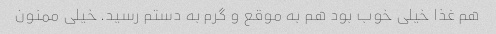
هم غذا خیلی خوب بود هم به موقع و گرم به دستم رسید. خیلی ممنون